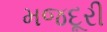
મજદૂરી